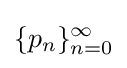
\{p_{n}\}_{n=0}^{\infty }